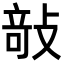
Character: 𭣿